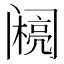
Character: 𰿽